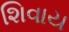
શિવાય